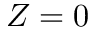
Z = 0